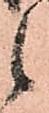
候